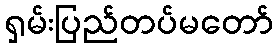
ရှမ်းပြည်တပ်မတော်